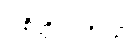
ပါစိတ္တိယာဒိပဉှာ